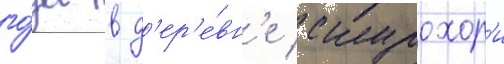
го́да в д'ер'е́вн'е скурохор'и